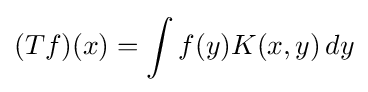
(Tf)(x)=\int f(y)K(x,y)\,dy